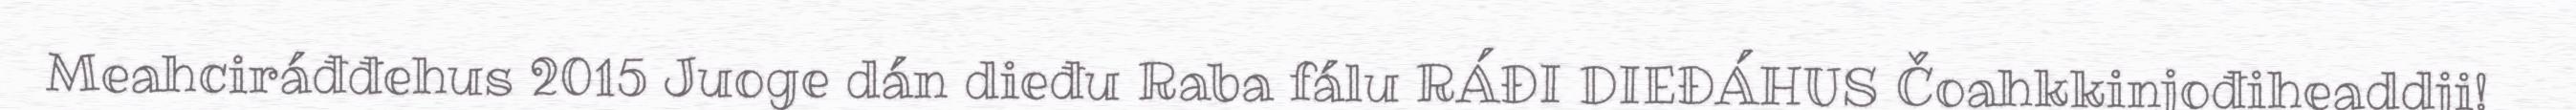
Meahciráđđehus 2015 Juoge dán dieđu Raba fálu RÁĐI DIEĐÁHUS Čoahkkinjođiheaddji!